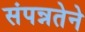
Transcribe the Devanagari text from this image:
संपन्नतेने